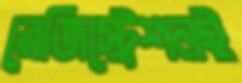
রেজিস্ট্রেশনই